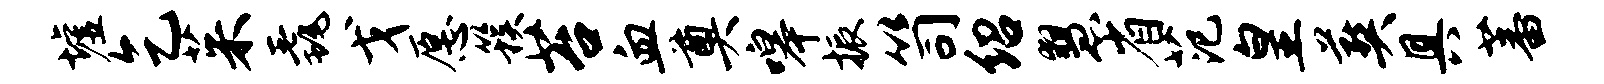
墟乞茱毳戈愿簇苔血奠嗥振笥绍慧省范皇葬具蕃